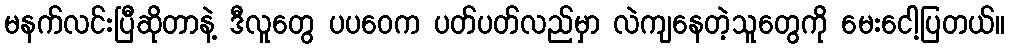
မနက်လင်းပြီဆိုတာနဲ့ ဒီလူတွေ ပပဝေက ပတ်ပတ်လည်မှာ လဲကျနေတဲ့သူတွေကို မေးငေါ့ပြတယ်။